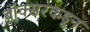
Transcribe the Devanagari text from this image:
बॉक्सरकडून